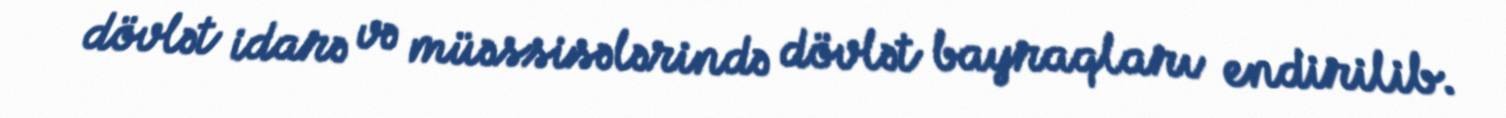
dövlət idarə və müəssisələrində dövlət bayraqları endirilib.